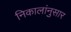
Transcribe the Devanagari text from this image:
निकालांनुसार